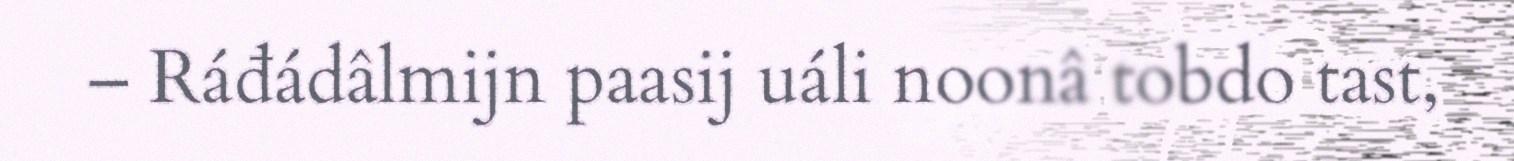
– Ráđádâlmijn paasij uáli noonâ tobdo tast,